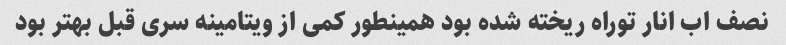
نصف اب انار توراه ریخته شده بود همینطور کمی از ویتامینه سری قبل بهتر بود